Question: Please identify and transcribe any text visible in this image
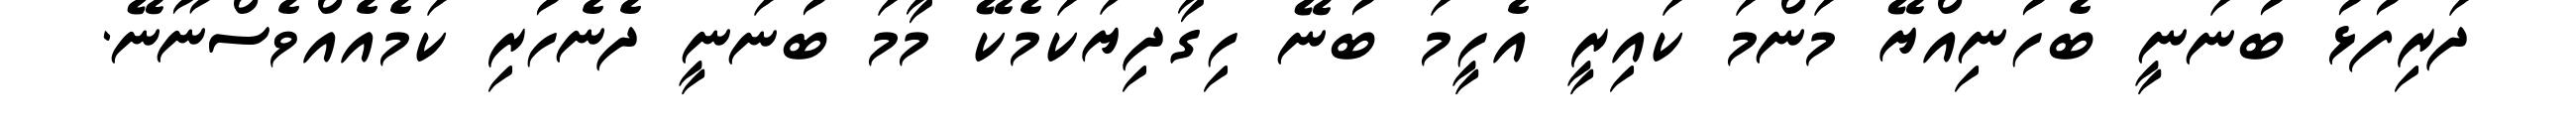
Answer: ދަރިފުޅު ބުނަނީ ބެހުނިއްޔޭ މަންމަ ކައިރީ އެހީމަ ބުނޭ ހިގާދިޔަކަމެކޭ މާމަ ބުނަނީ ދެނެހުރި ކަމެއެއްވެސްނޫނޭ.